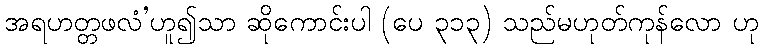
အရဟတ္တဖလံ’ဟူ၍သာ ဆိုကောင်းပါ (ပေ ၃၁၃) သည်မဟုတ်ကုန်လော ဟု